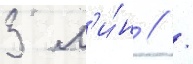
3 м'и́н // /